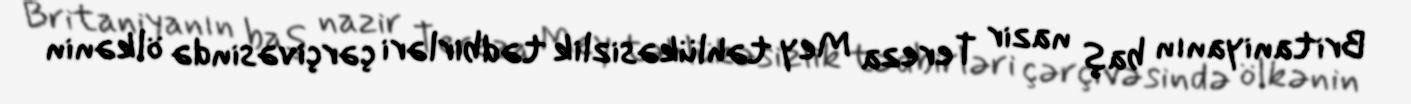
Britaniyanın baş nazir Tereza Mey təhlükəsizlik tədbirləri çərçivəsində ölkənin